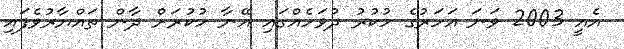
އެއީ 2003 ވަނަ އަހަރުގެ ހުކުރު ދުވަހެއްގައި އޭނާ ހުކުރަށް ދާން ތައްޔާރުވެފައި